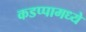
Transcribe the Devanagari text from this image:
कडप्पामध्ये